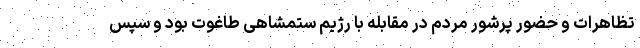
تظاهرات و حضور پرشور مردم در مقابله با رژیم ستمشاهی طاغوت بود و سپس